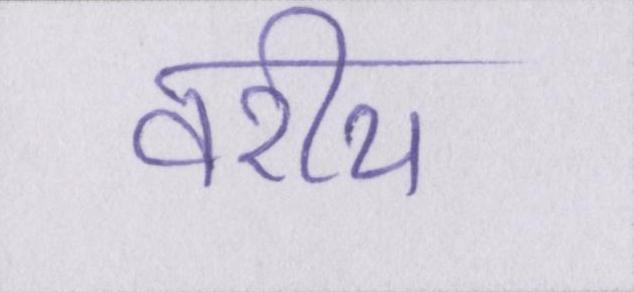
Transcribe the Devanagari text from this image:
वरीय